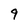
Character: 9